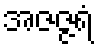
အဇဇ္ဇရံ